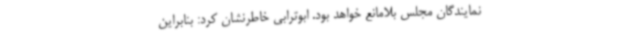
نمایندگان مجلس بلامانع خواهد بود. ابوترابی خاطرنشان کرد: بنابراین